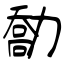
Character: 勪